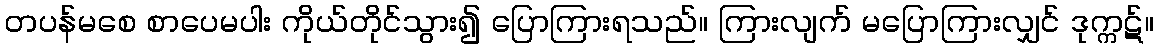
တပန်မစေ စာပေမပါး ကိုယ်တိုင်သွား၍ ပြောကြားရသည်။ ကြားလျက် မပြောကြားလျှင် ဒုက္ကဋ်။